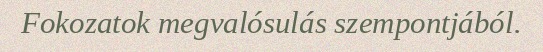
Fokozatok megvalósulás szempontjából.